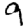
Digit: 9